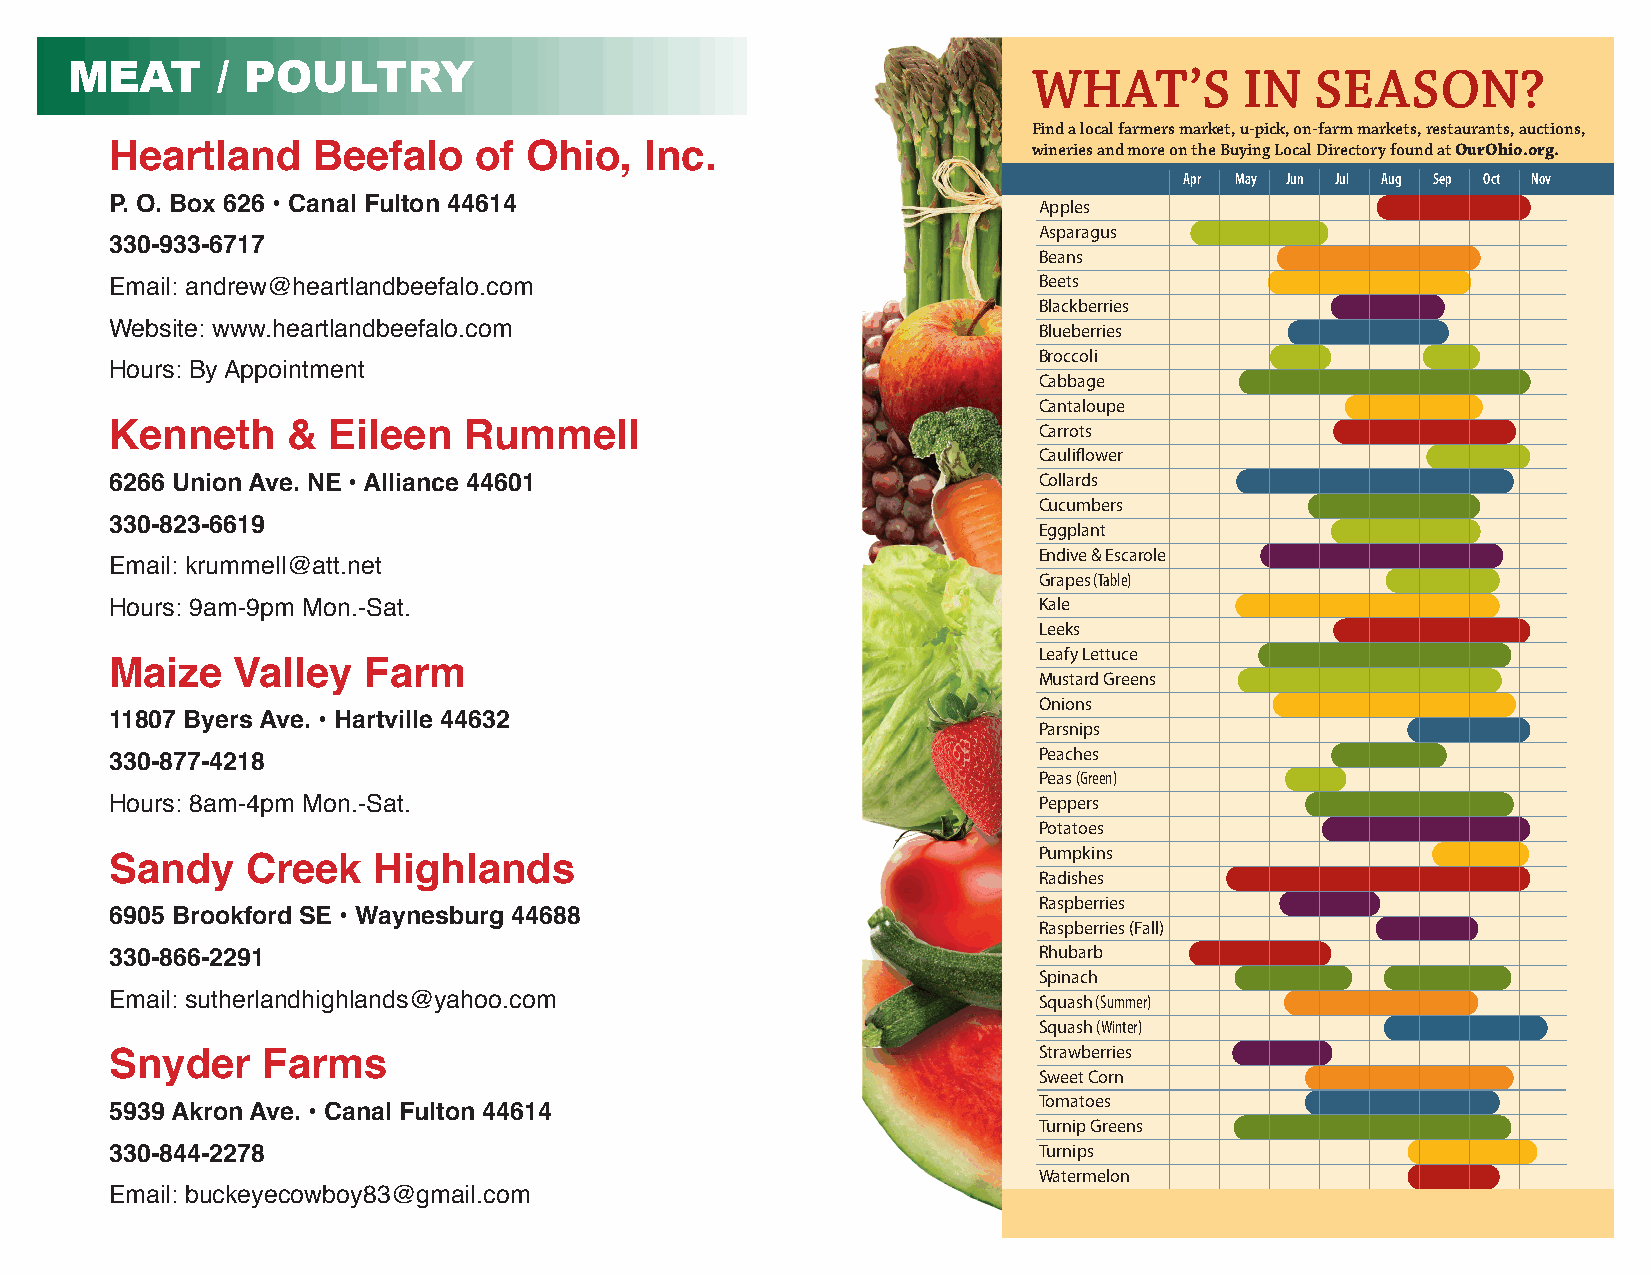
MEAT      / POULTRY                                             WHAT’S        IN   SEASON?
 Find a local farmers market, u-pick, on-farm markets, restaurants, auctions,
 Heartland     Beefalo   of  Ohio,   Inc.                     wineries and more on the Buying Local Directory found at OurOhio.org.
 Apr May Jun Jul Aug Sep Oct Nov
 P. O. Box 626 • Canal Fulton 44614                            Apples
 Asparagus
 330-933-6717
 Beans
 Beets
 Email: andrew@heartlandbeefalo.com
 Blackberries
 Website: www.heartlandbeefalo.com                             Blueberries
 Broccoli
 Hours: By Appointment
 Cabbage
 Cantaloupe
 Kenneth     &  Eileen   Rummell                               Carrots
 Cauliflower
 6266 Union Ave. NE • Alliance 44601                           Collards
 Cucumbers
 330-823-6619                                                  Eggplant
 Endive & Escarole
 Email: krummell@att.net
 Grapes (Table)
 Kale
 Hours: 9am-9pm Mon.-Sat.
 Leeks
 Leafy Lettuce
 Maize    Valley  Farm                                         Mustard Greens
 Onions
 11807 Byers Ave. • Hartville 44632                            Parsnips
 Peaches
 330-877-4218
 Peas (Green)
 Hours: 8am-4pm Mon.-Sat.                                      Peppers
 Potatoes
 Pumpkins
 Sandy    Creek    Highlands
 Radishes
 Raspberries
 6905 Brookford SE • Waynesburg 44688
 Raspberries (Fall)
 Rhubarb
 330-866-2291
 Spinach
 Email: sutherlandhighlands@yahoo.com                          Squash (Summer)
 Squash (Winter)
 Strawberries
 Snyder    Farms
 Sweet Corn
 Tomatoes
 5939 Akron Ave. • Canal Fulton 44614
 Turnip Greens
 330-844-2278                                                  Turnips
 Watermelon
 Email: buckeyecowboy83@gmail.com
 www.OurOhio.org
 twitter.com/OurOhio
 facebook.com/OurOhio
 twitter.com/OhioFarmBureau
 facebook.com/OhioFarmBureau